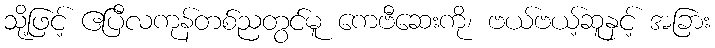
သို့ဖြင့် ဧပြီလကုန်တစ်ညတွင်မူ ကေဗီဆေးကို၊ ဗယ်ဗယ့်ဆူနှင့် အခြား